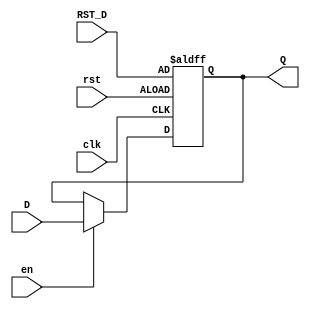
//////////////////////////////////////////////////////////////////////////////////
// Company: ITESO
// Module: Register
// Description: 
// Generic Register Definition.
// Data will be storage every clk rising edge if en is asserted.
// rst assertion will clear stored data.
//////////////////////////////////////////////////////////////////////////////////
module Register #(parameter DATA_WIDTH=32)(
  input [(DATA_WIDTH-1):0] D,
  input [(DATA_WIDTH-1):0] RST_D,
  input rst,
  input en,
  input clk,
  output reg [(DATA_WIDTH-1):0]Q
);

always @ (posedge clk, posedge rst)
begin
  if(rst==1)begin
    Q<=RST_D;
  end
  else if (en == 1) begin
    Q<=D;
  end
end
endmodule